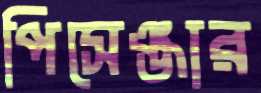
পিসেঞ্জার